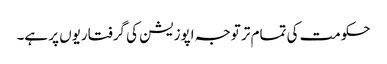
حکومت کی تمام تر توجہ اپوزیشن کی گرفتاریوں پر ہے۔